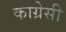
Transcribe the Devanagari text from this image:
काग्रेसी